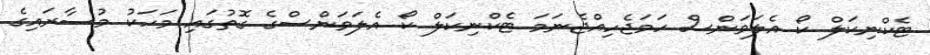
ޓެކްނިކަލް ކޯ އެލަވަންސް ހަމަޖެހިއްޖެނަމަ ޓެކްނިކަލް ކޯ އެލަވަންސްގެ ގޮތުގައި މަހަކު މުސާރައިގެ